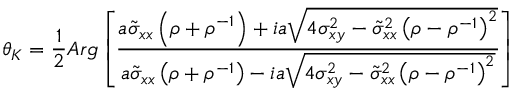
\theta _ { K } = \frac { 1 } { 2 } A r g \left[ \frac { a \tilde { \sigma } _ { x x } \left( \rho + \rho ^ { - 1 } \right) + i a \sqrt { 4 \sigma _ { x y } ^ { 2 } - \tilde { \sigma } _ { x x } ^ { 2 } \left( \rho - \rho ^ { - 1 } \right) ^ { 2 } } } { a \tilde { \sigma } _ { x x } \left( \rho + \rho ^ { - 1 } \right) - i a \sqrt { 4 \sigma _ { x y } ^ { 2 } - \tilde { \sigma } _ { x x } ^ { 2 } \left( \rho - \rho ^ { - 1 } \right) ^ { 2 } } } \right]